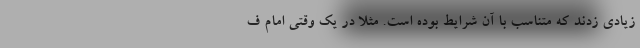
زیادی زدند که متناسب با آن شرایط بوده است. مثلا در یک وقتی امام ف